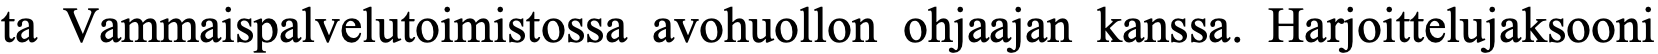
ta Vammaispalvelutoimistossa avohuollon ohjaajan kanssa. Harjoittelujaksooni